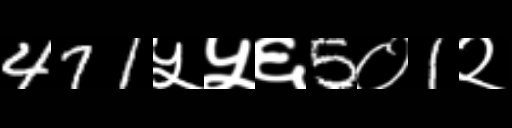
Text: 471५५६5०1२